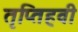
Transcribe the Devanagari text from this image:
तृप्तिहवी